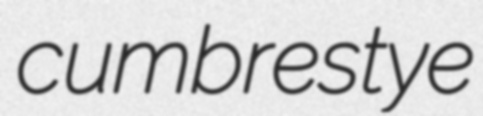
cumbre stye